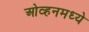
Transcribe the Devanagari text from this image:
ओव्हनमध्ये